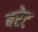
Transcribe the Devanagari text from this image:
बरेट